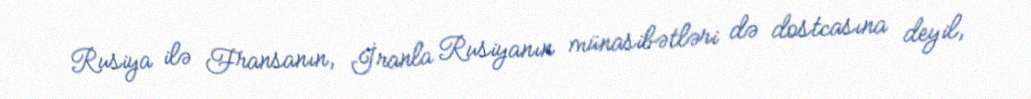
Rusiya ilə Fransanın, İranla Rusiyanın münasibətləri də dostcasına deyil,